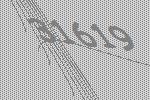
31619